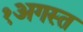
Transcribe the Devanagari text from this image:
१अगस्त